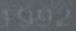
1992